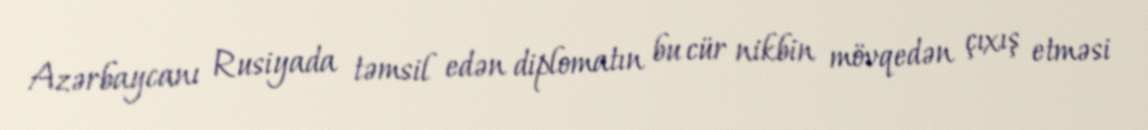
Azərbaycanı Rusiyada təmsil edən diplomatın bu cür nikbin mövqedən çıxış etməsi